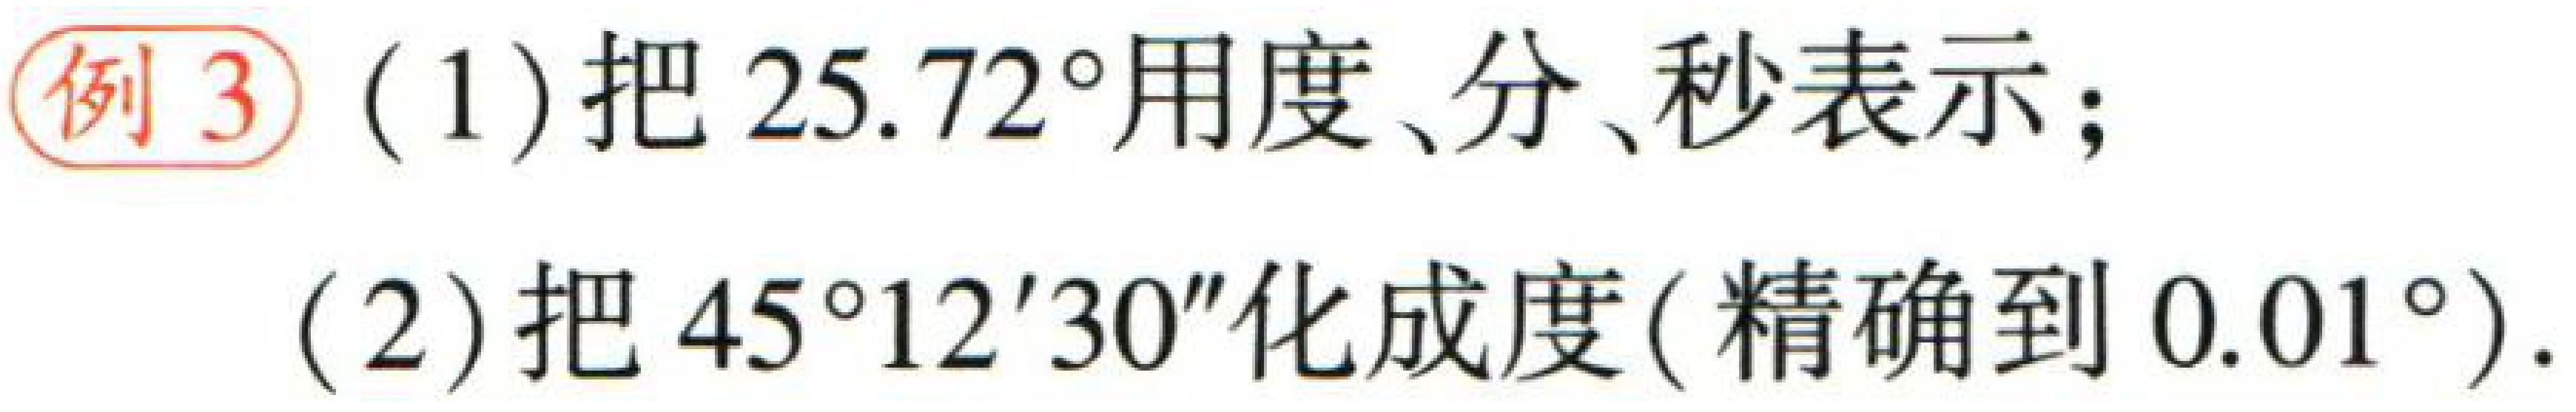
例3 (1) 把 \(25.72^{\circ}\) 用度、分、秒表示；

(2) 把 \(45^{\circ}12'30''\) 化成度(精确到 \(0.01^{\circ}\))．